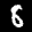
Label: 8